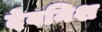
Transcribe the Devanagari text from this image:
देवनिश